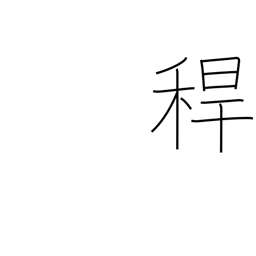
Meaning: hollow stem